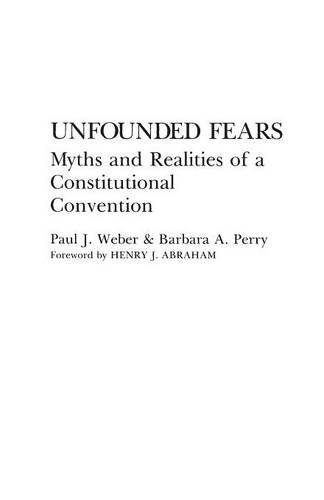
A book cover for Unfounded Fears: Myths and Realities of a Constitutional Convention (Contributions in Legal Studies; 55); Barbara Perry; Reference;